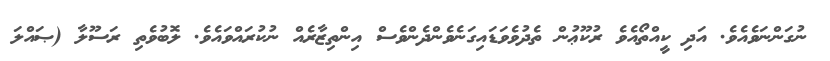
ނުގަންނަވެއެވެ. އަދި ކީއްތޯއެވެ ރުކޫޢުން ތެދުވެވަޑައިގަނެވެންދެންވެސް އިންތިޒާރެއް ނުކުރައްވައެވެ. ލޮބުވެތި ރަސޫލާ (ޞައްލަ